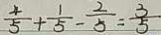
\frac { 4 } { 5 } + \frac { 1 } { 5 } - \frac { 2 } { 5 } = \frac { 3 } { 5 }